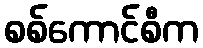
စစ်ကောင်စီက